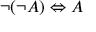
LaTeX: \neg ( \neg A ) \Leftrightarrow A